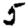
Digit: 5